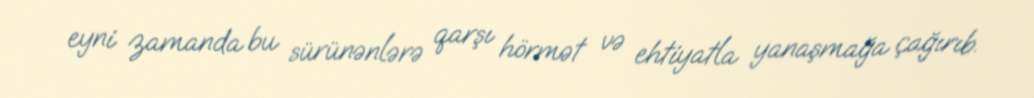
eyni zamanda bu sürünənlərə qarşı hörmət və ehtiyatla yanaşmağa çağırıb.